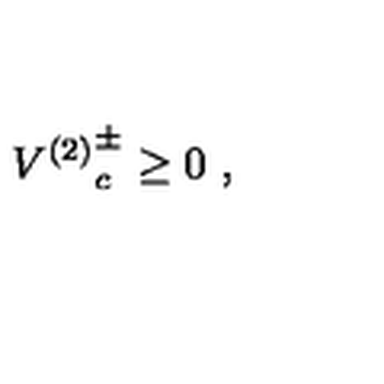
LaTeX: { V ^ { ( 2 ) } } _ { c } ^ { \pm } \geq 0 \ ,